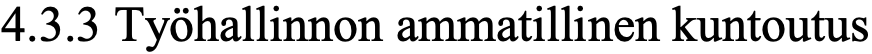
4.3.3 Työhallinnon ammatillinen kuntoutus